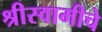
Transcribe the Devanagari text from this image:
श्रीस्वामीचे